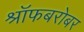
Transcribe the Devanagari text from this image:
श्रॉफबरोबर